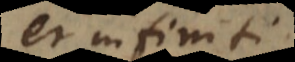
et infiniti